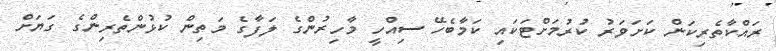
ރައްކާތެރިކަން ކަށަވަރު ކުރުމަށްޓަކައި ކަމާބެހޭ ސިއްހީ މާހިރުންގެ ލަފާގެ މަތިން ކުޅުންތެރިންގެ ގަޔަށް